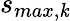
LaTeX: s_{max,\mathit{k}}